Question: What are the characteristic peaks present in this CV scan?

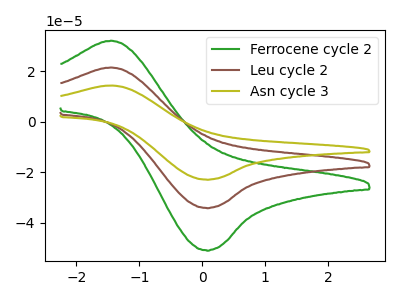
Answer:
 <answer>The green curve "Ferrocene cycle 2" has an anodic peak at (-1.45V, 32.20uA) and a cathodic peak at (0.05V, -50.85uA). The brown curve "Leu cycle 2" has an anodic peak at (-1.45V, 21.60uA) and a cathodic peak at (0.05V, -34.05uA). The olive curve "Asn cycle 3" has an anodic peak at (-1.45V, 43.15uA) and a cathodic peak at (0.05V, -68.10uA).</answer>
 <eval></eval>